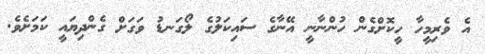
އެ ވެރިމީހާ ހީކޮށްގެން ހުންނާނީ އޭނާގެ ސައިކަލުގެ ލޯގަނޑު ވަގަށް ގެންދިޔައީ ކަމަަށެވެ.